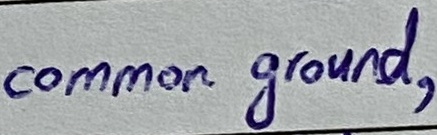
Text: common ground,